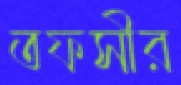
তফসীর